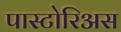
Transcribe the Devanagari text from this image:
पास्टोरिअस